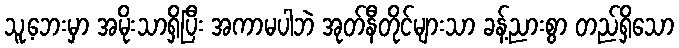
သူ့ဘေးမှာ အမိုးသာရှိပြီး အကာမပါဘဲ အုတ်နီတိုင်များသာ ခန့်ညားစွာ တည်ရှိသော